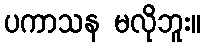
ပကာသန မလိုဘူး။